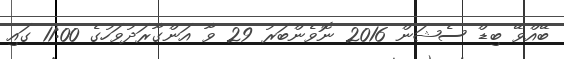
ބޭއްވޭ ބިޑް ސެޝަން 2016 ނޮވެންބަރު 29 ވާ އަންގާރަދުވަހުގެ 11:00 ގައި